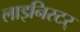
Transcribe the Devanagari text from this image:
लाइनिस्टर्